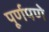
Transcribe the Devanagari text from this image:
पूूर्णपणे